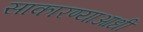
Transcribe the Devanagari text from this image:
साकारण्याआधी